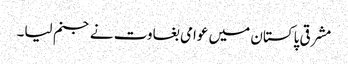
مشرقی پاکستان میں عوامی بغاوت نے جنم لیا۔